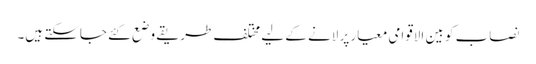
نصاب کو بین الاقوامی معیار پر لانے کے لیے مختلف طریقے وضع کئے جاسکتے ہیں۔